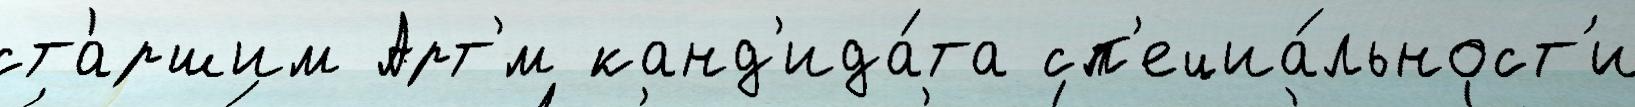
ста́ршим Арт'́м канд'ида́та сп'ециа́льност'и